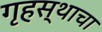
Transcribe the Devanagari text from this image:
गृहस्थाचा